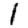
Digit: 1